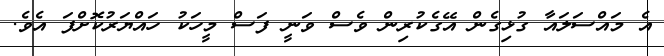
އެ މައްސަލައާ ގުޅިގެން އޭގެކުރިން ވެސް ވަނީ ފަސް މީހަކު ހައްޔަރުކޮށްފަ އެވެ.